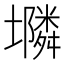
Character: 𱘔